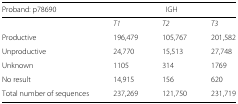
<table><thead><tr><td><b>Proband: p78690</b></td><td colspan="3"><b>IGH</b></td></tr></thead><tbody><tr><td></td><td><i>T1</i></td><td><i>T2</i></td><td><i>T3</i></td></tr><tr><td>Productive</td><td>196,479</td><td>105,767</td><td>201,582</td></tr><tr><td>Unproductive</td><td>24,770</td><td>15,513</td><td>27,748</td></tr><tr><td>Unknown</td><td>1105</td><td>314</td><td>1769</td></tr><tr><td>No result</td><td>14,915</td><td>156</td><td>620</td></tr><tr><td>Total number of sequences</td><td>237,269</td><td>121,750</td><td>231,719</td></tr></tbody></table>